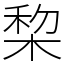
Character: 棃